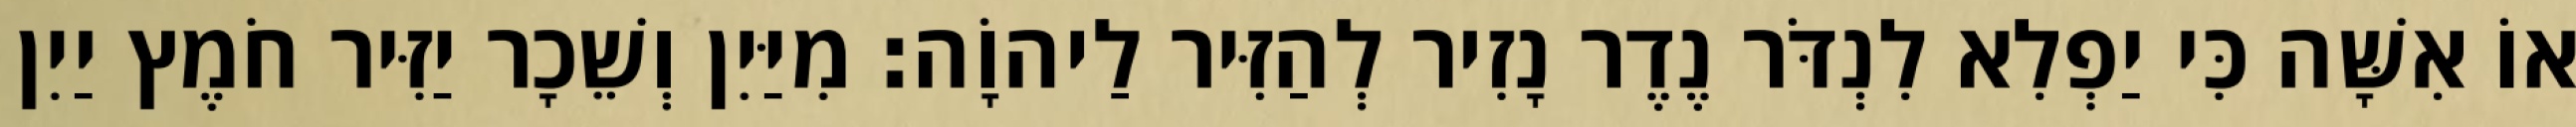
אוֹ אִשָּׁה כִּי יַפְלִא לִנְדֹּר נֶדֶר נָזִיר לְהַזִּיר לַיהוָֹה׃ מִיַּיִן וְשֵׁכָר יַזִּיר חֹמֶץ יַיִן